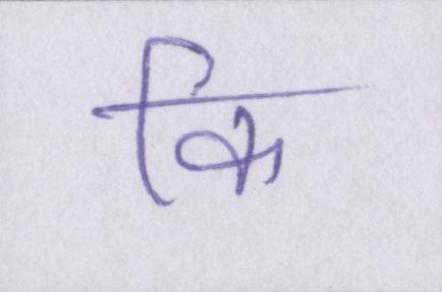
कि